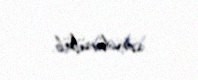
söndürülüb.